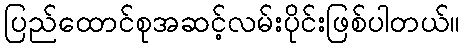
ပြည်ထောင်စုအဆင့်လမ်းပိုင်းဖြစ်ပါတယ်။